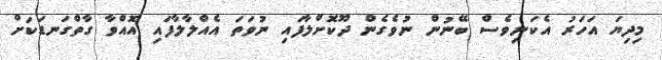
މިދިޔަ އަހަރު އެކަނިވެސް ބޭނުން ނުވެގެން ދޫކޮށްލާފައި ނުވަތަ އެއްލާލާފައި އޮއްވާ ގާތްގަނޑަކަށް